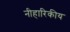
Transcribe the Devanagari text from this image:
नीहारिकीय